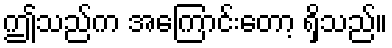
ဤသည်က အကြောင်းတော့ ရှိသည်။